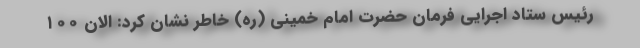
رئیس ستاد اجرایی فرمان حضرت امام خمینی (ره) خاطر نشان کرد: الان ۱۰۰